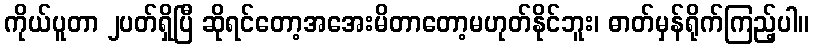
ကိုယ်ပူတာ ၂ပတ်ရှိပြီ ဆိုရင်တော့အအေးမိတာတော့မဟုတ်နိုင်ဘူး၊ ဓာတ်မှန်ရိုက်ကြည့်ပါ။